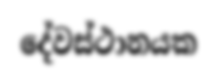
දේවස්ථානයක